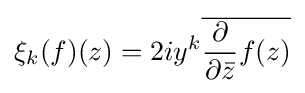
\xi _{k}(f)(z)=2iy^{k}{\overline {{\frac {\partial }{\partial {\bar {z}}}}f(z)}}